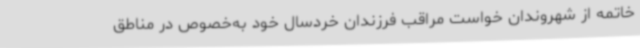
خاتمه از شهروندان خواست مراقب فرزندان خردسال خود به‌خصوص در مناطق